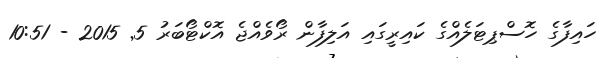
ހައިފާގެ ހޮސްޕިޓަލެއްގެ ކައިރީގައި އަލިފާން ރޯވެއްޖެ އޮކްޓޯބަރު 5